Vaccination North-Western Provinces and Oudh 1878-1895 - 1878-1895
Year: 1878
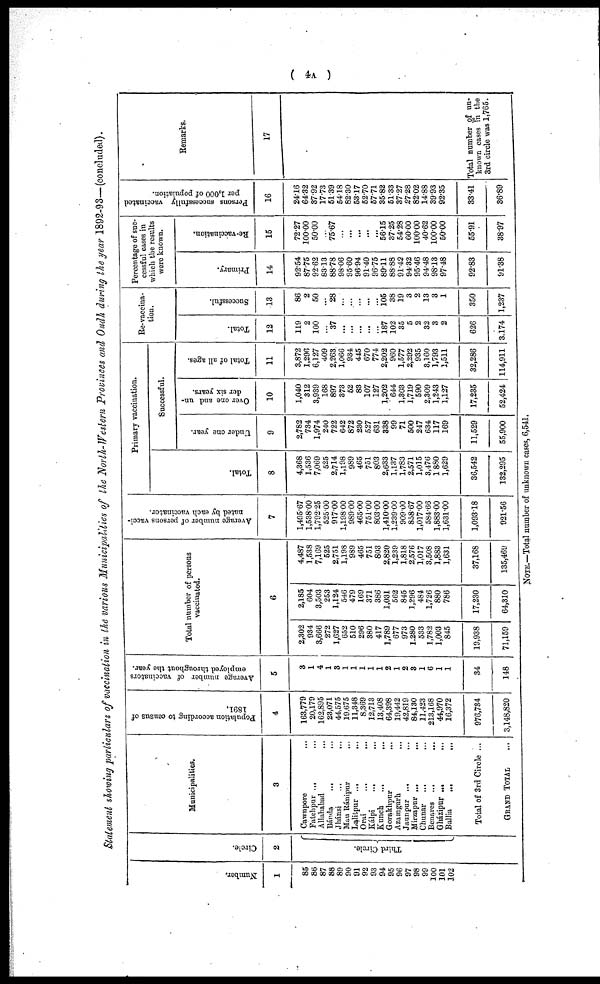
( 4A )
Statement showing particulars of vaccination in the various Municipalities of the North-Western Provinces and Oudh during the year 1892-93—(concluded).
Number.
1
85
86
87
88
89
90
91
92
93
94
95
96
97
98
99
100
101
102
Circle.
2
Third Circle.
Municipalities.
3
Cawnpore
...
Fatehpur
...
...
Allahabad ...
Bánda
...
...
Jhánsi
...
...
Mau Ránipur ...
Lalitpur
...
...
Orai ... ...
Kálpi ... ...
Kunch
...
...
Gorakhpur ...
Azamgarh ...
Jaunpur
...
...
Mirzapur ... ...
Chunar ... ...
Benares ... ...
Gházipur
...
...
Ballia ... ...
Total of 3rd Circle ...
GRAND TOTAL
Population according to census of
1891.
4
163,779
20,179
162,895
23,071
44,575
19,675
11,348
8,369
12,713
13,408
64,398
19,442
42,819
84,130
11,423
213,168
44,970
16,372
976,734
3,148,820
Average number of vaccinators
employed throughout the year.
5
3
1
4
1
3
1
1
1
1
1
2
1
2
3
1
6
1
1
34
148
Total number of persons
vaccinated.
6
2,302
934
3,666
272
1,627
652
510
296
380
417
1,789
677
973
1,280
533
1,782
1,003
845
19,938
71,159
2,185
604
3,503
253
1,124
546
479
169
371
386
1,031
562
845
1,296
484
1,726
880
786
17,230
64,310
4,487
1,538
7,169
525
2,751
1,198
989
465
751
803
2,820
1,239
1,818
2,576
1,017
3,508
1,883
1,631
37,168
135,469
Average number of persons vacci-
nated by each vaccinator.
7
1,495.67
1,538.00
1,792.25
525.00
917.00
1,198.00
989.00
465.00
751.00
803.00
1,410.00
1,239.00
909.00
858.67
1,017.00
584.66
1,883.00
1,631.00
1,093.18
921.56
Primary vaccination.
Total.
8
4,368
1,536
7,069
525
2,714
1,198
989
465
751
803
2,633
1,137
1,783
2,571
1,015
3,476
1,880
1,629
36,542
132,295
Successful.
Under one year.
9
2,782
734
1,974
240
722
642
872
230
527
631
338
99
71
500
247
634
117
169
11,529
55,900
Over one and un-
der six years.
10
1,040
312
3,939
168
897
373
52
83
107
127
1,202
644
1,303
1,719
590
2,309
1,243
1,127
17,235
52,424
Total of all ages.
11
3,872
1,296
6,127
409
2,263
1,066
934
445
670
774
2,202
960
1,577
2,292
935
3,160
1,793
1,511
32,286
114,911
Re-vaccina-
tion.
Total.
12
119
2
100
...
37
...
...
...
...
...
187
102
35
5
2
32
3
2
626
3.174
Successful.
13
86
2
50
...
28
...
...
...
...
...
105
38
19
3
2
13
3
1
350
1,237
Percentage of suc-
cessful cases in
which the results
were known.
Primary.
14
92.54
87.75
92.62
83.13
88.78
98.06
95.60
96.94
91.40
96.75
89.11
88.88
91.42
94.32
95.46
94.48
98.13
97.48
92.83
91.38
Re-vaccination.
15
72.27
100.00
50.00
...
75.67
...
...
...
...
...
56.15
37.25
54.28
60.00
100.00
40.62
100.00
50.00
55.91
38.97
Persons successfully vaccinated
per 1,000 of population.
16
24.16
64.32
37.92
17.73
51.39
54.18
82.30
53.17
52.70
57.71
35.82
51.33
37.27
27.28
82.02
14.88
39.93
92.35
33.41
36.89
Remarks.
17
Total number of un-
known cases in the
3rd circle was 1,765.
NOTE.—Total number of unknown cases, 6,541.